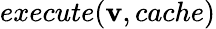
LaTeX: execute(\mathbf{v},cache)